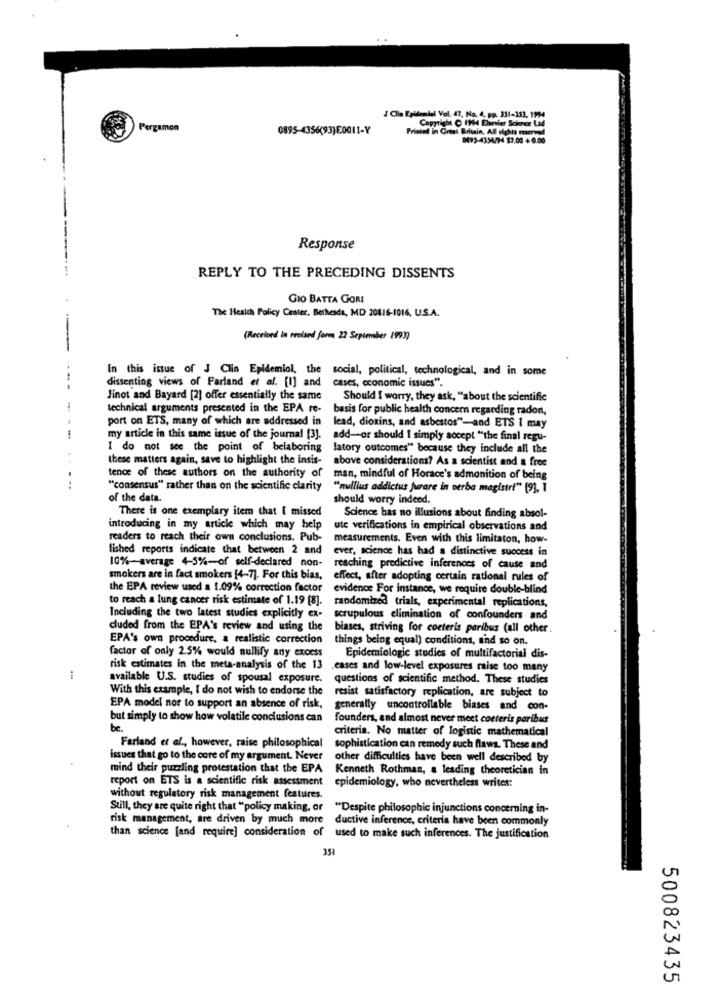
4 Clla Epidemiel Vel. 47, No. 4. pp. 331-153, 1994
Pergamon
0895-4356(93)E0011-Y
Printed In Great Britain, All rights reserved
Copyright ( 1994 Elsevier Science Lad
DE95-4154/74 13.00 + 0.06
Response
--------
REPLY TO THE PRECEDING DISSENTS
GIO BATTA GORI
The Health Policy Center. Bethesda, MD 20816-1016, U.S.A.
(Received in reoised form 22 September 1993)
In this issue of J Clin Epidemiol, the social, political, technological, and in some
dissenting views of Farland et al. [I] and cases, economic issues".
Jinot and Bayard [2] offer essentially the same
Should I worry, they ask, "about the scientific
technical arguments presented in the EPA re-
basis for public health concern regarding radon,
port on ETS, many of which are addressed in lead, dioxins, and asbestos"-and ETS i may
--
my article in this same issue of the journal [3].
add-or should I simply accept "the final regu-
I do not see the point of belaboring
latory outcomes" because they include all the
these matters again, save to highlight the insis-
above considerations? As a scientist and a free
tence of these authors on the authority of
man, mindful of Horace's admonition of being
.....
"consensus" rather than on the scientific clarity
"nullius addictus jurare in verba magistri" [9], 1
of the data.
should worry indeed.
There is one exemplary item that E missed
Science has no illusions about finding absol-
introducing in my article which may help
ute verifications in empirical observations and
readers to reach their own conclusions. Pub-
measurements. Even with this limitaton, how-
lished reports indicate that between 2 and
ever, science has had a distinctive success in
10%-average 4-5%-of self-declared non-
reaching predictive inferences of cause and
smokers are in fact smokers [4-7]. For this bias,
effect, after adopting certain rational rules of
the EPA review used a 1.09% correction factor
evidence For instance, we require double-blind
to reach a lung cancer risk estimate of 1.19 [8].
randomized trials, experimental replications,
Including the two latest studies explicitly ex-
scrupulous elimination of confounders and
cluded from the EPA's review and using the
biases, striving for coeteris paribus (all other.
EPA's own procedure, a realistic correction
things being equal) conditions, and so on.
factor of only 2.5% would nullify any excess
Epidemiologic studies of multifactorial dis-
risk estimates in the meta-analysis of the 13
.cases and low-level exposures raise too many
available U.S. studies of spousal exposure.
questions of scientific method. These studies
With this example, I do not wish to endorse the
resist satisfactory replication, are subject to
EPA model nor to support an absence of risk,
generally uncontrollable biases and con-
but simply to show how volatile conclusions can
founders, and almost never meet coeteris paribus
be.
criteria. No matter of logistic mathematical
Farland et al ., however, raise philosophical
sophistication can remedy such flaws. These and
issues that go to the core of my argument. Never
other difficulties have been well described by
mind their puzzling protestation that the EPA
Kenneth Rothman, a leading theoretician in
report on ETS is a scientific risk assessment
epidemiology, who nevertheless writes:
without regulatory risk management features.
Still, they are quite right that "policy making, or
"Despite philosophic injunctions concerning in-
risk management, are driven by much more
ductive inference, criteria have been commonly
than science [and require] consideration of used to make such inferences. The justification
351
500823435